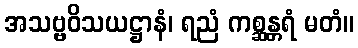
အသဗ္ဗဝိသယဋ္ဌာနံ၊ ရညံ ကစ္ဆန္တရံ မတံ။